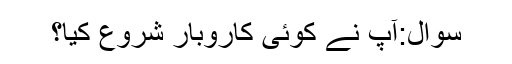
سوال:آپ نے کوئی کاروبار شروع کیا؟